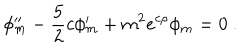
\phi _ { m } ^ { \prime \prime } - \frac { 5 } { 2 } c \phi _ { m } ^ { \prime } + m ^ { 2 } e ^ { c \rho } \phi _ { m } = 0 ~ .